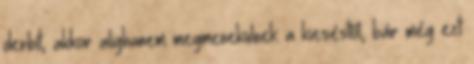
derbit, akkor alighanem megmenekülnek a kieséstől, bár még ezt